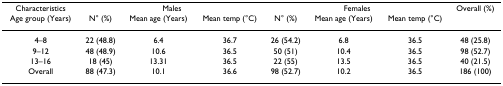
<table><thead><tr><td><b>Characteristics</b></td><td colspan="3"><b>Males</b></td><td colspan="3"><b>Females</b></td><td><b>Overall (%)</b></td></tr><tr><td><b>Age group (Years)</b></td><td><b>N° (%)</b></td><td><b>Mean age (Years)</b></td><td><b>Mean temp (°C)</b></td><td><b>N° (%)</b></td><td><b>Mean age (Years)</b></td><td><b>Mean temp (°C)</b></td><td></td></tr></thead><tbody><tr><td>4–8</td><td>22 (48.8)</td><td>6.4</td><td>36.7</td><td>26 (54.2)</td><td>6.8</td><td>36.5</td><td>48 (25.8)</td></tr><tr><td>9–12</td><td>48 (48.9)</td><td>10.6</td><td>36.5</td><td>50 (51)</td><td>10.4</td><td>36.5</td><td>98 (52.7)</td></tr><tr><td>13–16</td><td>18 (45)</td><td>13.31</td><td>36.5</td><td>22 (55)</td><td>13.5</td><td>36.5</td><td>40 (21.5)</td></tr><tr><td>Overall</td><td>88 (47.3)</td><td>10.1</td><td>36.6</td><td>98 (52.7)</td><td>10.2</td><td>36.5</td><td>186 (100)</td></tr></tbody></table>